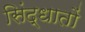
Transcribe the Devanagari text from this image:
सिंद्धातों